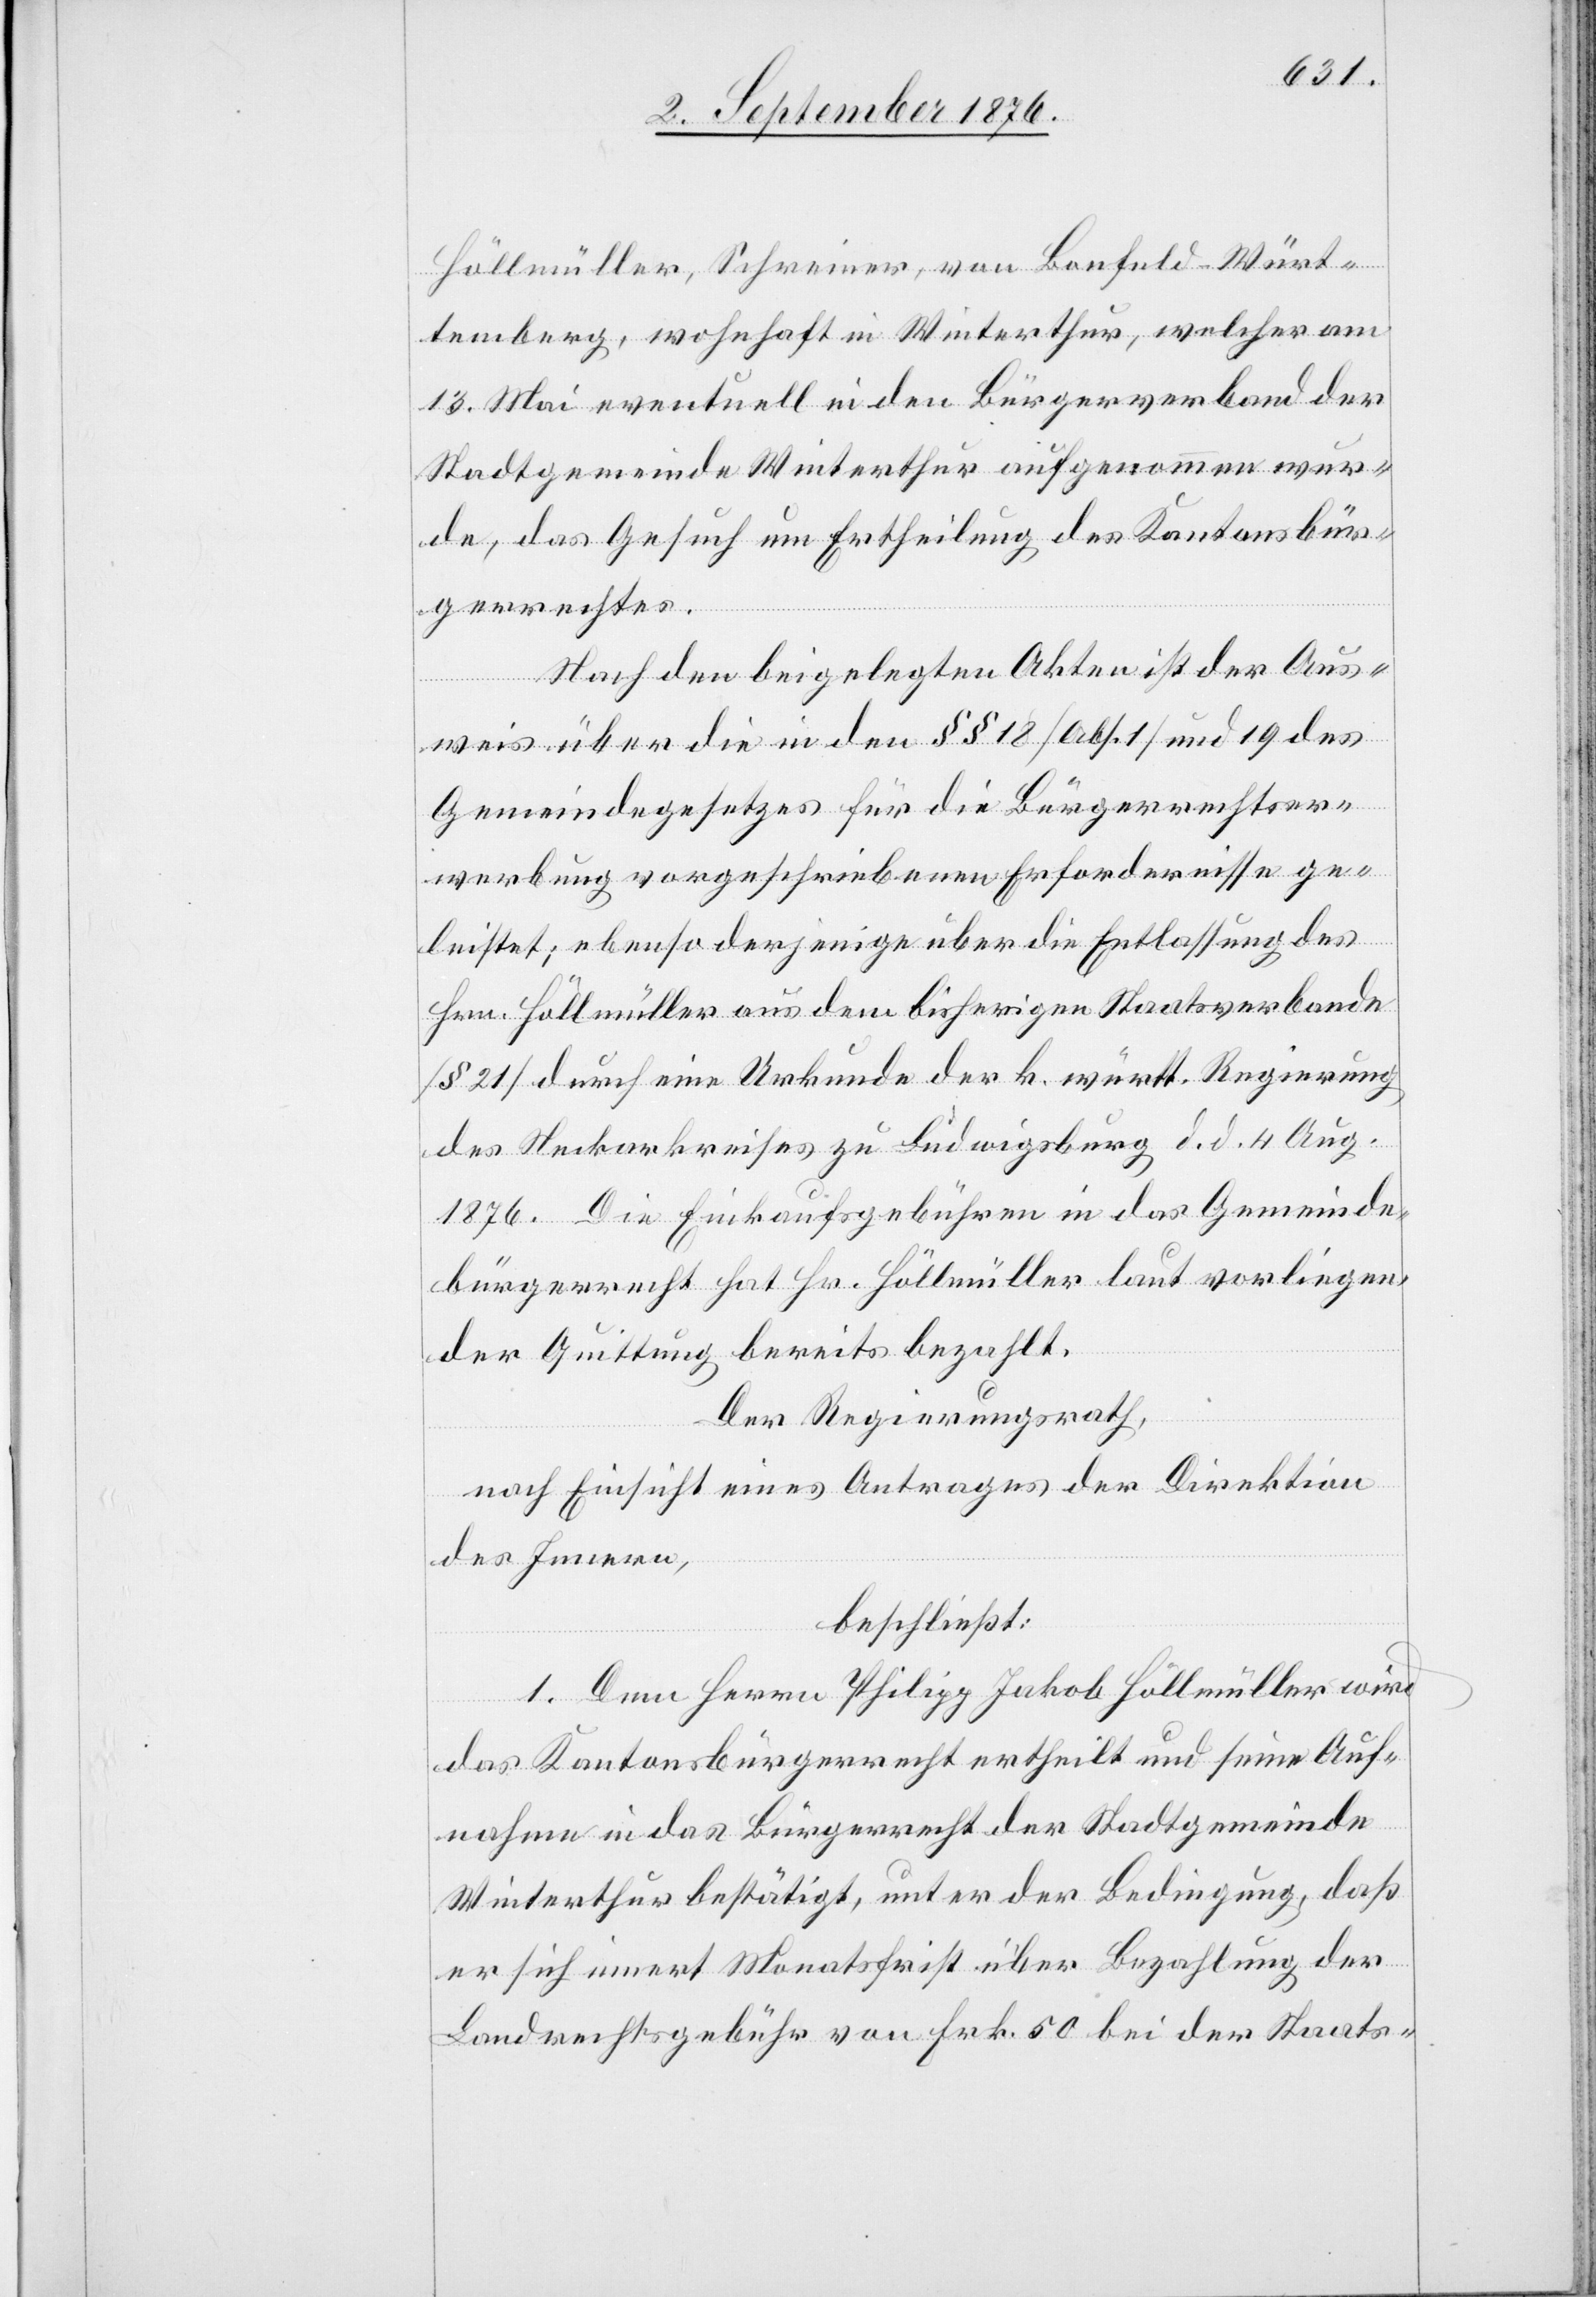
Höllmüller, Schreiner, von Bonfeld - Würt¬
temberg, wohnhaft in Winterthur, welcher am
13. Mai eventuell in den Bürgerverband der
Stadtgemeinde Winterthur aufgenommen wur¬
de, das Gesuch um Ertheilung des Kantonsbür¬
gerrechtes.
Nach den beigelegten Akten ist der Aus¬
der
weis über die in den §§ 18 [Abs. 1] und 19 des
Gemeindegesetzes für die Bürgerrechtser¬
werbung vorgeschriebenen Erfordernisse ge¬
leistet; ebenso derjenige über die Entlassung des
Hrn. Höllmüller aus dem bisherigen Staatsverbande
[§ 21] durch eine Urkunde der k. württ. Regierung
des Neckarkreises zu Ludwigsburg d. d. 4. Aug.
1876. Die Einkaufgebühren in das Gemeinde¬
bürgerrecht hat Hr. Höllmüller laut vorliegen¬
der Quittung bereits bezahlt.
Der Regierungsrath,
nach Einsicht eines Antrages der Direktion
des Innern,
beschließt:
1. Dem Herrn Philipp Jakob Höllmüller wird
das Kantonsbürgerrecht ertheilt und seine Auf¬
nahme in das Bürgerrecht der Stadtgemeinde
Winterthur bestätigt, unter der Bedingung, daß
er sich innert Monatsfrist über Bezahlung der